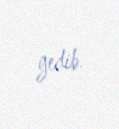
gedib.